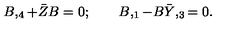
B , _ { 4 } + \bar { Z } B = 0 ; \qquad B , _ { 1 } - B \bar { Y } , _ { 3 } = 0 .